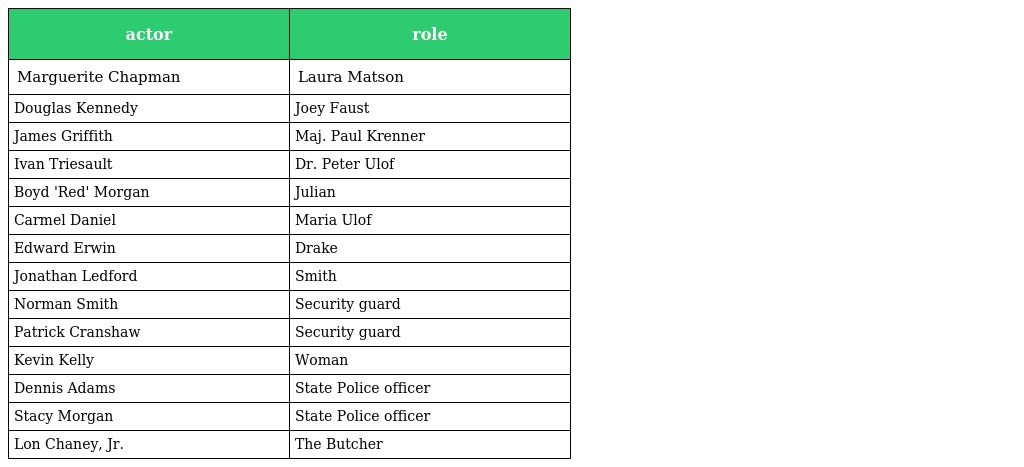
| actor | role |
 | --- | --- |
 | Marguerite Chapman | Laura Matson |
 | Douglas Kennedy | Joey Faust |
 | James Griffith | Maj. Paul Krenner |
 | Ivan Triesault | Dr. Peter Ulof |
 | Boyd 'Red' Morgan | Julian |
 | Carmel Daniel | Maria Ulof |
 | Edward Erwin | Drake |
 | Jonathan Ledford | Smith |
 | Norman Smith | Security guard |
 | Patrick Cranshaw | Security guard |
 | Kevin Kelly | Woman |
 | Dennis Adams | State Police officer |
 | Stacy Morgan | State Police officer |
 | Lon Chaney, Jr. | The Butcher |